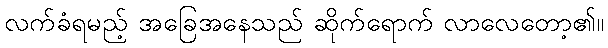
လက်ခံရမည့် အခြေအနေသည် ဆိုက်ရောက် လာလေတော့၏။